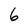
Character: 6